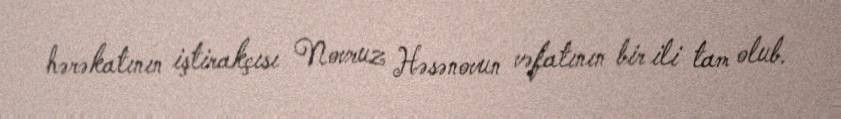
hərəkatının iştirakçısı Novruz Həsənovun vəfatının bir ili tam olub.